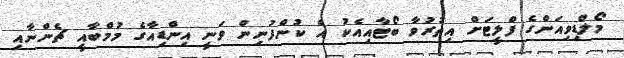
މޯލްޑިވިއަންގެ ފްލީޓަށް އިތުރުވާ ބޯޓާއިއެކު އެ ކުންފުނިން ވަނީ އިންޑިއާގެ މުމްބާއީ ޗެންނާއި